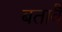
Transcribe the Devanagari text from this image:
बतावै